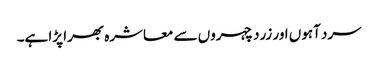
سرد آہوں اور زرد چہروں سے معاشرہ بھرا پڑا ہے۔